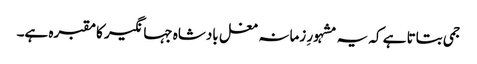
جمی بتاتا ہے کہ یہ مشہورِ زمانہ مغل بادشاہ جہانگیر کا مقبرہ ہے۔